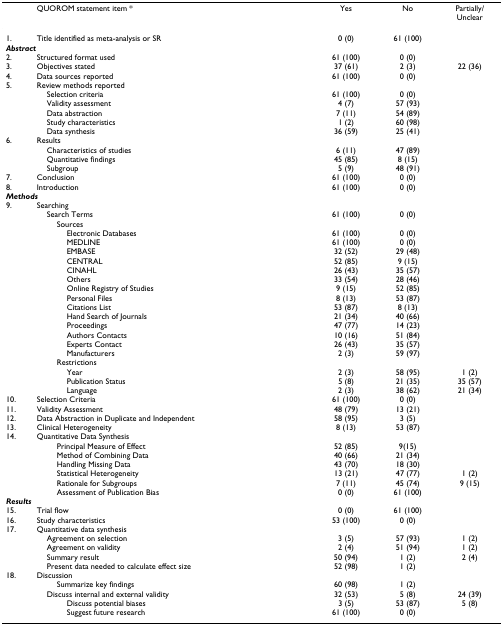
<table><thead><tr><td></td><td><b>QUOROM statement item *</b></td><td><b>Yes</b></td><td><b>No</b></td><td><b>Partially/Unclear</b></td></tr></thead><tbody><tr><td>1.</td><td>Title identified as meta-analysis or SR</td><td>0 (0)</td><td>61 (100)</td><td></td></tr><tr><td colspan="2"><b><i>Abstract</i></b></td><td></td><td></td><td></td></tr><tr><td>2.</td><td>Structured format used</td><td>61 (100)</td><td>0 (0)</td><td></td></tr><tr><td>3.</td><td>Objectives stated</td><td>37 (61)</td><td>2 (3)</td><td>22 (36)</td></tr><tr><td>4.</td><td>Data sources reported</td><td>61 (100)</td><td>0 (0)</td><td></td></tr><tr><td>5.</td><td>Review methods reported</td><td></td><td></td><td></td></tr><tr><td></td><td> Selection criteria</td><td>61 (100)</td><td>0 (0)</td><td></td></tr><tr><td></td><td> Validity assessment</td><td>4 (7)</td><td>57 (93)</td><td></td></tr><tr><td></td><td> Data abstraction</td><td>7 (11)</td><td>54 (89)</td><td></td></tr><tr><td></td><td> Study characteristics</td><td>1 (2)</td><td>60 (98)</td><td></td></tr><tr><td></td><td> Data synthesis</td><td>36 (59)</td><td>25 (41)</td><td></td></tr><tr><td>6.</td><td>Results</td><td></td><td></td><td></td></tr><tr><td></td><td> Characteristics of studies</td><td>6 (11)</td><td>47 (89)</td><td></td></tr><tr><td></td><td> Quantitative findings</td><td>45 (85)</td><td>8 (15)</td><td></td></tr><tr><td></td><td> Subgroup</td><td>5 (9)</td><td>48 (91)</td><td></td></tr><tr><td>7.</td><td>Conclusion</td><td>61 (100)</td><td>0 (0)</td><td></td></tr><tr><td>8.</td><td>Introduction</td><td>61 (100)</td><td>0 (0)</td><td></td></tr><tr><td colspan="2"><b><i>Methods</i></b></td><td></td><td></td><td></td></tr><tr><td>9.</td><td>Searching</td><td></td><td></td><td></td></tr><tr><td></td><td> Search Terms</td><td>61 (100)</td><td>0 (0)</td><td></td></tr><tr><td></td><td>Sources</td><td></td><td></td><td></td></tr><tr><td></td><td>Electronic Databases</td><td>61 (100)</td><td>0 (0)</td><td></td></tr><tr><td></td><td>MEDLINE</td><td>61 (100)</td><td>0 (0)</td><td></td></tr><tr><td></td><td>EMBASE</td><td>32 (52)</td><td>29 (48)</td><td></td></tr><tr><td></td><td>CENTRAL</td><td>52 (85)</td><td>9 (15)</td><td></td></tr><tr><td></td><td>CINAHL</td><td>26 (43)</td><td>35 (57)</td><td></td></tr><tr><td></td><td>Others</td><td>33 (54)</td><td>28 (46)</td><td></td></tr><tr><td></td><td>Online Registry of Studies</td><td>9 (15)</td><td>52 (85)</td><td></td></tr><tr><td></td><td>Personal Files</td><td>8 (13)</td><td>53 (87)</td><td></td></tr><tr><td></td><td>Citations List</td><td>53 (87)</td><td>8 (13)</td><td></td></tr><tr><td></td><td>Hand Search of Journals</td><td>21 (34)</td><td>40 (66)</td><td></td></tr><tr><td></td><td>Proceedings</td><td>47 (77)</td><td>14 (23)</td><td></td></tr><tr><td></td><td>Authors Contacts</td><td>10 (16)</td><td>51 (84)</td><td></td></tr><tr><td></td><td>Experts Contact</td><td>26 (43)</td><td>35 (57)</td><td></td></tr><tr><td></td><td>Manufacturers</td><td>2 (3)</td><td>59 (97)</td><td></td></tr><tr><td></td><td>Restrictions</td><td></td><td></td><td></td></tr><tr><td></td><td>Year</td><td>2 (3)</td><td>58 (95)</td><td>1 (2)</td></tr><tr><td></td><td>Publication Status</td><td>5 (8)</td><td>21 (35)</td><td>35 (57)</td></tr><tr><td></td><td>Language</td><td>2 (3)</td><td>38 (62)</td><td>21 (34)</td></tr><tr><td>10.</td><td>Selection Criteria</td><td>61 (100)</td><td>0 (0)</td><td></td></tr><tr><td>11.</td><td>Validity Assessment</td><td>48 (79)</td><td>13 (21)</td><td></td></tr><tr><td>12.</td><td>Data Abstraction in Duplicate and Independent</td><td>58 (95)</td><td>3 (5)</td><td></td></tr><tr><td>13.</td><td>Clinical Heterogeneity</td><td>8 (13)</td><td>53 (87)</td><td></td></tr><tr><td>14.</td><td>Quantitative Data Synthesis</td><td></td><td></td><td></td></tr><tr><td></td><td>Principal Measure of Effect</td><td>52 (85)</td><td>9(15)</td><td></td></tr><tr><td></td><td>Method of Combining Data</td><td>40 (66)</td><td>21 (34)</td><td></td></tr><tr><td></td><td>Handling Missing Data</td><td>43 (70)</td><td>18 (30)</td><td></td></tr><tr><td></td><td>Statistical Heterogeneity</td><td>13 (21)</td><td>47 (77)</td><td>1 (2)</td></tr><tr><td></td><td>Rationale for Subgroups</td><td>7 (11)</td><td>45 (74)</td><td>9 (15)</td></tr><tr><td></td><td>Assessment of Publication Bias</td><td>0 (0)</td><td>61 (100)</td><td></td></tr><tr><td colspan="2"><b><i>Results</i></b></td><td></td><td></td><td></td></tr><tr><td>15.</td><td>Trial flow</td><td>0 (0)</td><td>61 (100)</td><td></td></tr><tr><td>16.</td><td>Study characteristics</td><td>53 (100)</td><td>0 (0)</td><td></td></tr><tr><td>17.</td><td>Quantitative data synthesis</td><td></td><td></td><td></td></tr><tr><td></td><td> Agreement on selection</td><td>3 (5)</td><td>57 (93)</td><td>1 (2)</td></tr><tr><td></td><td> Agreement on validity</td><td>2 (4)</td><td>51 (94)</td><td>1 (2)</td></tr><tr><td></td><td> Summary result</td><td>50 (94)</td><td>1 (2)</td><td>2 (4)</td></tr><tr><td></td><td> Present data needed to calculate effect size</td><td>52 (98)</td><td>1 (2)</td><td></td></tr><tr><td>18.</td><td>Discussion</td><td></td><td></td><td></td></tr><tr><td></td><td>Summarize key findings</td><td>60 (98)</td><td>1 (2)</td><td></td></tr><tr><td></td><td> Discuss internal and external validity</td><td>32 (53)</td><td>5 (8)</td><td>24 (39)</td></tr><tr><td></td><td>Discuss potential biases</td><td>3 (5)</td><td>53 (87)</td><td>5 (8)</td></tr><tr><td></td><td>Suggest future research</td><td>61 (100)</td><td>0 (0)</td><td></td></tr></tbody></table>